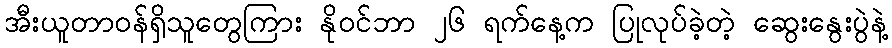
အီးယူတာဝန်ရှိသူတွေကြား နိုဝင်ဘာ ၂၆ ရက်နေ့က ပြုလုပ်ခဲ့တဲ့ ဆွေးနွေးပွဲနဲ့